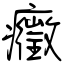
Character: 癥